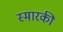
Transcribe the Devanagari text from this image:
स्मारकी